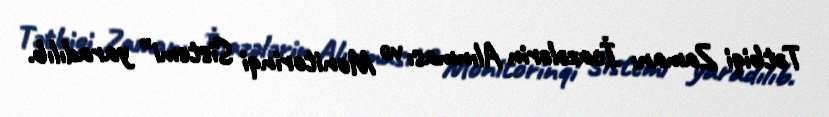
Tətbiqi Zamanı İcazələrin Alınması və Monitorinqi Sistemi” yaradılıb.